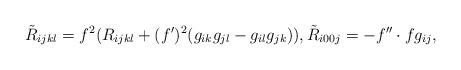
LaTeX: \begin{align*}\tilde{R}_{ijkl}=f^2(R_{ijkl}+(f')^2(g_{ik}g_{jl}-g_{il}g_{jk})),\tilde{R}_{i00j}=-f''\cdot f g_{ij},\end{align*}